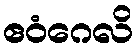
ဧဝံဂေလိ